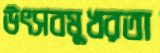
উৎসবমুখরতা